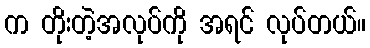
က တိုးတဲ့အလုပ်ကို အရင် လုပ်တယ်။